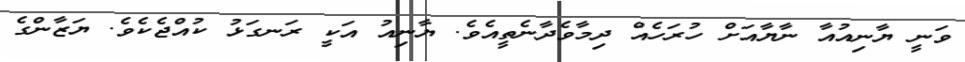
ވަނީ ޔާނިއުއާ ނާޔާއަށް ހުރަހެއް ދިމާވެދާނެތީއެވެ. ޔާނިއު އަކީ ރަނގަޅު ކުއްޖެކެވެ. ޔަޒާންގެ